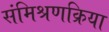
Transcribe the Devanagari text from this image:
संमिश्रणक्रिया